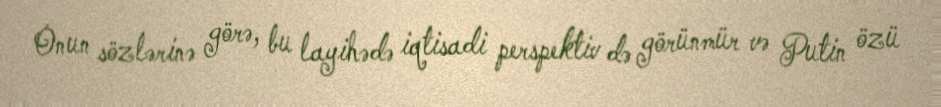
Onun sözlərinə görə, bu layihədə iqtisadi perspektiv də görünmür və Putin özü